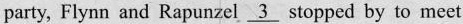
party, flynn and Rapunzel \underline{3} stopped by to meet